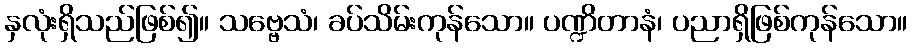
နှလုံးရှိသည်ဖြစ်၍။ သဗ္ဗေသံ၊ ခပ်သိမ်းကုန်သော။ ပဏ္ဍိတာနံ၊ ပညာရှိဖြစ်ကုန်သော။